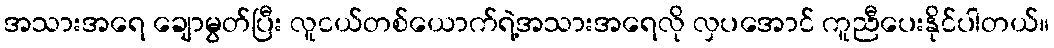
အသားအရေ ချောမွတ်ပြီး လူငယ်တစ်ယောက်ရဲ့အသားအရေလို လှပအောင် ကူညီပေးနိုင်ပါတယ်။